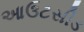
આઉટસીડ